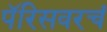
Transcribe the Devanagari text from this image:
पॅरिसवरचं